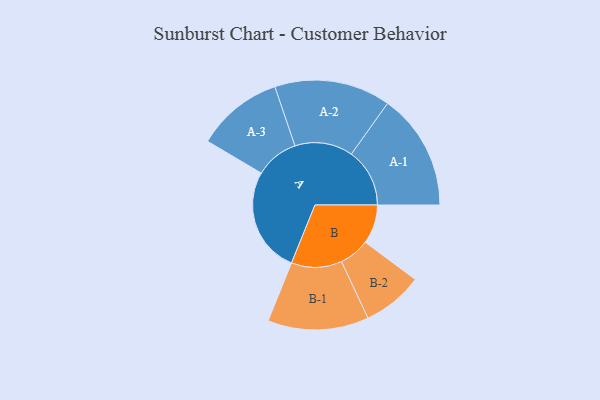
{"axis": {"x": "Segment", "y": "Value"}, "legend": ["", "A", "B"], "data": [{"x": "A", "y": 418, "type": ""}, {"x": "B", "y": 155, "type": ""}, {"x": "A-1", "y": 231, "type": "A"}, {"x": "A-2", "y": 230, "type": "A"}, {"x": "A-3", "y": 172, "type": "A"}, {"x": "B-1", "y": 200, "type": "B"}, {"x": "B-2", "y": 120, "type": "B"}]}